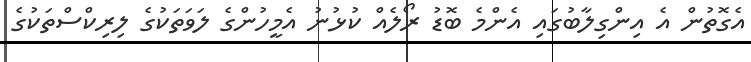
އެގޮތުން އެ އިންގިލާބުގައި އެންމެ ބޮޑު ރޯލެއް ކުޅުނު އެމީހުންގެ ލަވަތަކުގެ ލިރިކްސްތަކުގެ